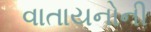
વાતાયનોની